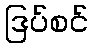
ဒြပ်စင်